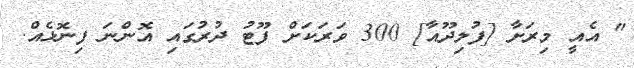
" އެއީ މިރަށާ [ފުލިދޫއާ] 300 ވަރަކަށް ފޫޓު ދުރުގައި އޮންނަ ފިނޮޅެއް.